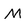
Character: M